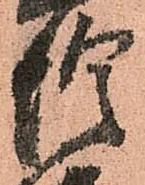
惶